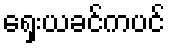
ရှေးယခင်ကပင်